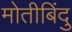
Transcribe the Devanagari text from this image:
मोतीबिंदु